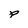
Character: p